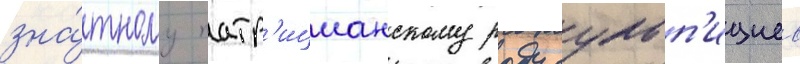
зна́тному патр'ицианскому роду сульп'ициев